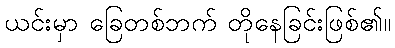
ယင်းမှာ ခြေတစ်ဘက် တိုနေခြင်းဖြစ်၏။